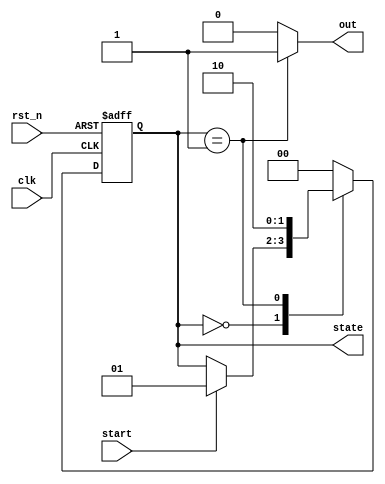
module moore_fsm (
    input wire clk,          // Clock input
    input wire rst_n,       // Asynchronous reset (active low)
    input wire start,       // Input signal to control state transitions
    output reg [1:0] state, // Current state output (2-bit for 4 states)
    output reg out          // Output based on current state
);

// State encoding
localparam IDLE    = 2'b00;
localparam STATE1  = 2'b01;
localparam STATE2  = 2'b10;

// State transition logic
always @(posedge clk or negedge rst_n) begin
    if (!rst_n) begin
        state <= IDLE; // Reset to IDLE state
    end else begin
        case (state)
            IDLE: begin
                if (start) begin
                    state <= STATE1; // Transition to STATE1
                end
            end
            STATE1: begin
                state <= STATE2; // Transition to STATE2
            end
            STATE2: begin
                state <= IDLE; // Transition back to IDLE
            end
            default: begin
                state <= IDLE; // Default case to handle unexpected states
            end
        endcase
    end
end

// Output logic based on current state
always @(*) begin
    case (state)
        IDLE: out = 1'b0;   // Output for IDLE state
        STATE1: out = 1'b1; // Output for STATE1 state
        STATE2: out = 1'b0; // Output for STATE2 state
        default: out = 1'b0; // Default output
    endcase
end

endmodule